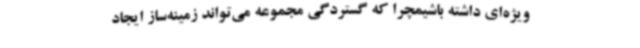
ویژه‌ای داشته باشیمچرا که گستردگی مجموعه می‌تواند زمینه‌ساز ایجاد